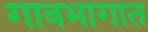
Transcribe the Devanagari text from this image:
गावभागात